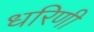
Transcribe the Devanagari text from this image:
धरिणी